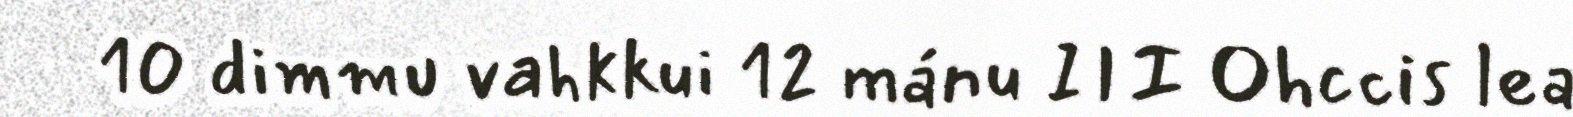
10 dimmu vahkkui 12 mánu III Ohccis lea